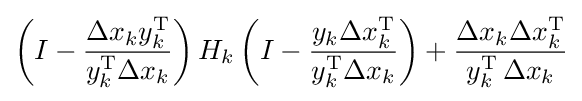
\left(I-{\frac {\Delta x_{k}y_{k}^{\mathrm {T} }}{y_{k}^{\mathrm {T} }\Delta x_{k}}}\right)H_{k}\left(I-{\frac {y_{k}\Delta x_{k}^{\mathrm {T} }}{y_{k}^{\mathrm {T} }\Delta x_{k}}}\right)+{\frac {\Delta x_{k}\Delta x_{k}^{\mathrm {T} }}{y_{k}^{\mathrm {T} }\,\Delta x_{k}}}